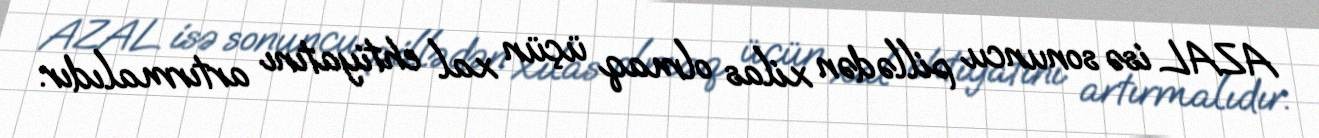
AZAL isə sonuncu pillədən xilas olmaq üçün xal ehtiyatını artırmalıdır.